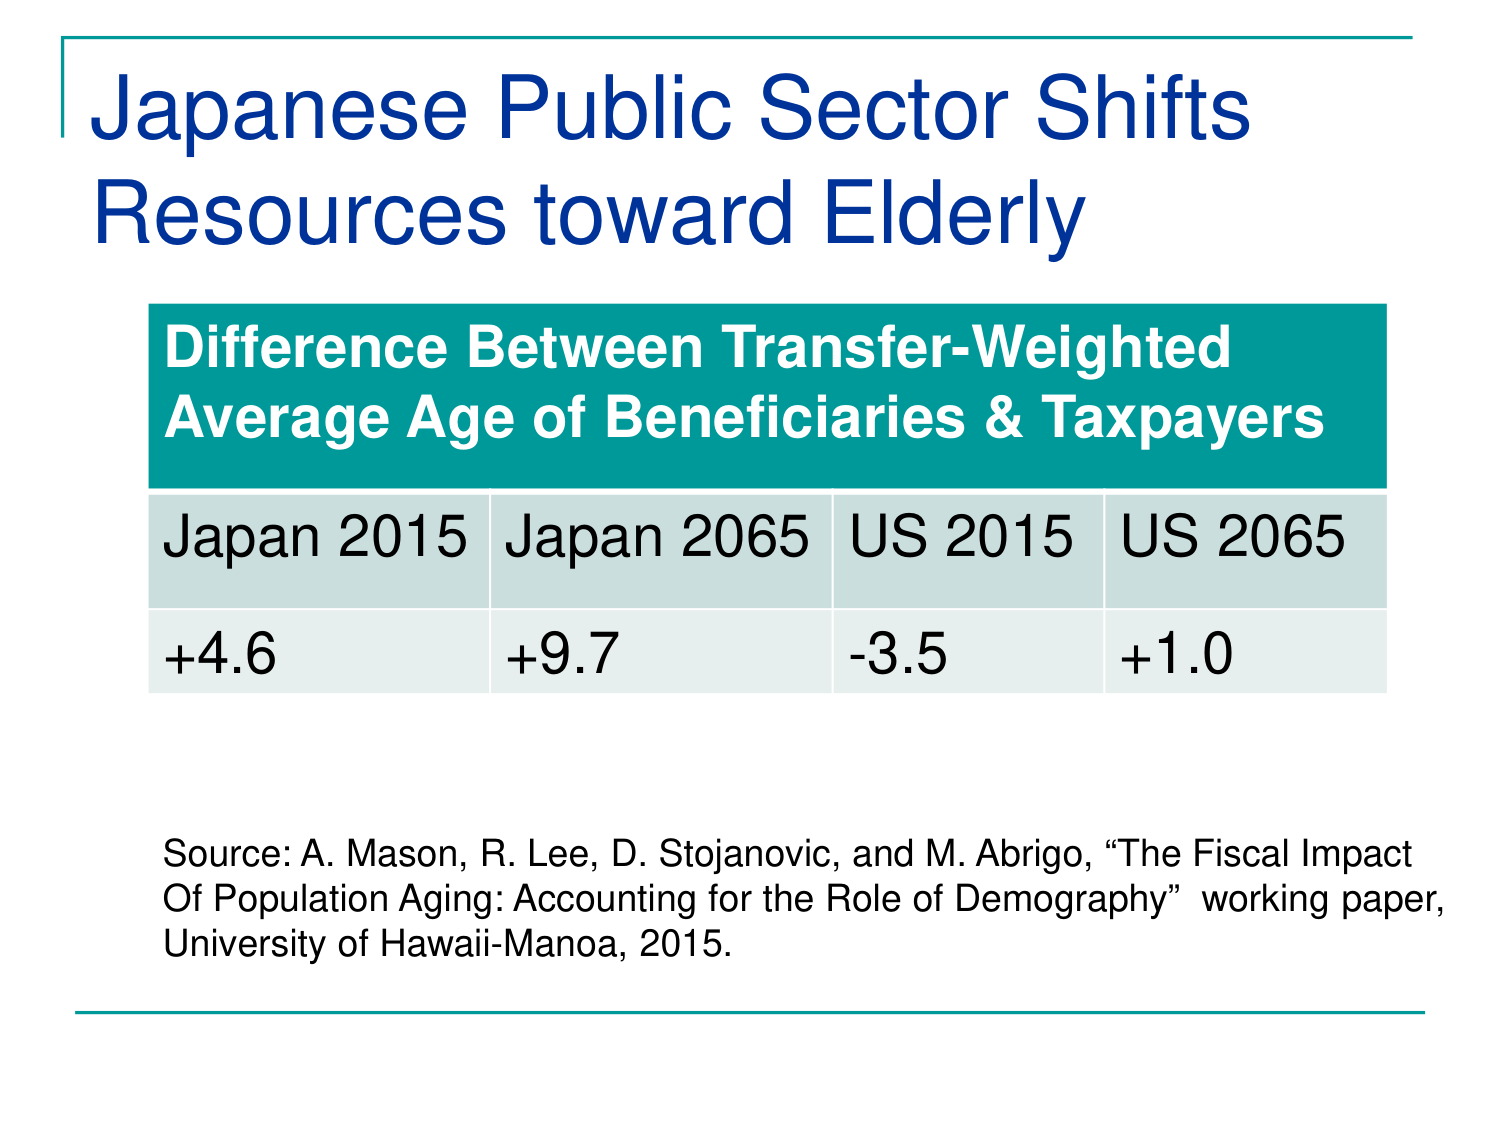
Japanese Public Sector Shifts
Resources toward Elderly

Difference Between Transfer-Weighted
Average Age of Beneficiaries & Taxpayers

Japan 2015   Japan 2065   US 2015   US 2065
+4.6         +9.7         -3.5       +1.0

Source: A. Mason, R. Lee, D. Stojanovic, and M. Abrigo, “The Fiscal Impact
Of Population Aging: Accounting for the Role of Demography” working paper,
University of Hawaii-Manoa, 2015.